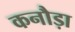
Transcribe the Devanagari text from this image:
कनौड़ा